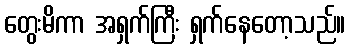
တွေးမိကာ အရှက်ကြီး ရှက်နေတော့သည်။